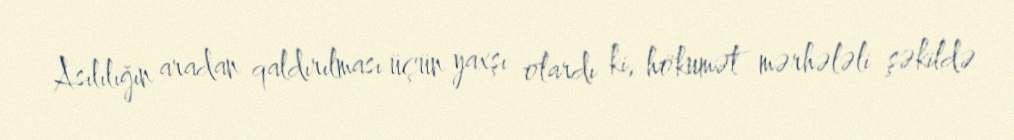
Asılılığın aradan qaldırılması üçün yaxşı olardı ki, hökumət mərhələli şəkildə